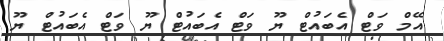
އޭމް ވަޓް އެބައުޓް ޔޫ ވަޓް އެބައުޓް ޔޫ ވަޓް އެބައުޓް ޔޫ